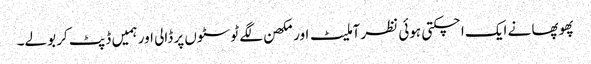
پھوپھا نے ایک اچکتی ہوئی نظر آملیٹ اور مکھن لگے ٹوسٹوں پر ڈالی اور ہمیں ڈپٹ کر بولے۔